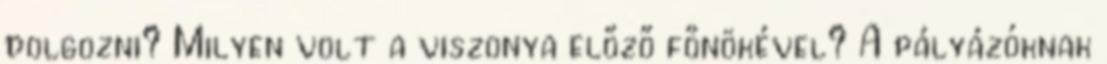
dolgozni? Milyen volt a viszonya előző főnökével? A pályázóknak